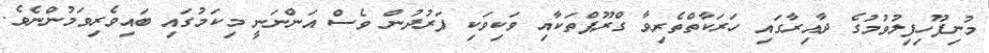
މުނިފޫހިފިލުވުމުގެ ދާއިރާގައި ހަރަކާތްތެރިވާ ގްރޫޕްތަކާއި ވަކިވަކި ފަރުދުން ވެސް އަންނަނީ މިކަމުގައި ބައިވެރިވަމުންނެވެ.